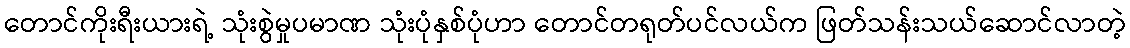
တောင်ကိုးရီးယားရဲ့ သုံးစွဲမှုပမာဏ သုံးပုံနှစ်ပုံဟာ တောင်တရုတ်ပင်လယ်က ဖြတ်သန်းသယ်ဆောင်လာတဲ့